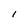
Character: l